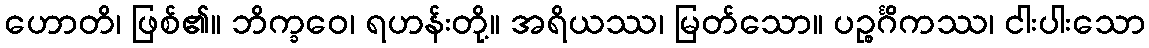
ဟောတိ၊ ဖြစ်၏။ ဘိက္ခဝေ၊ ရဟန်းတို့။ အရိယဿ၊ မြတ်သော။ ပဉ္စင်္ဂိကဿ၊ ငါးပါးသော